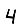
Digit: 4